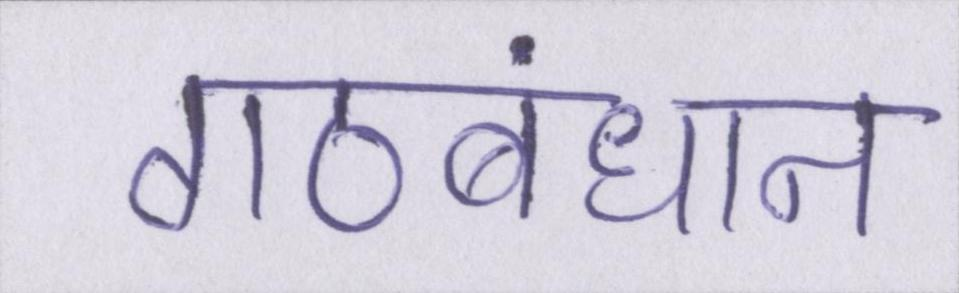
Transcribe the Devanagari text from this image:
गठबंधान